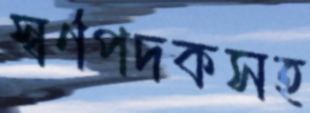
স্বর্ণপদকসহ